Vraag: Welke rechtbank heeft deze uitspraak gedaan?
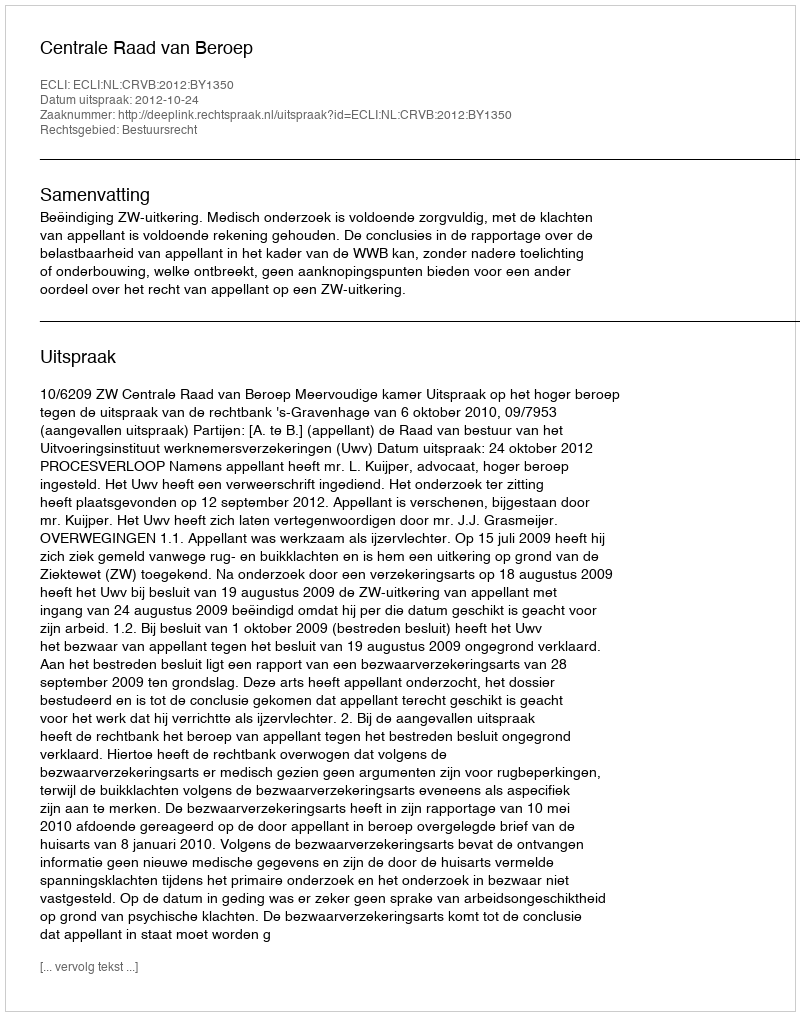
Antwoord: Centrale Raad van Beroep